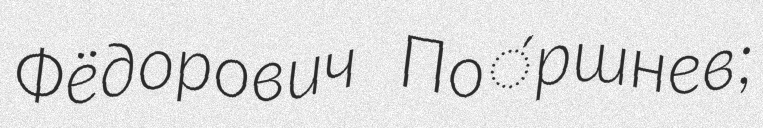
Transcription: Фёдорович По́ршнев;